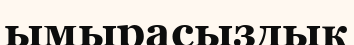
ымырасыздық